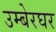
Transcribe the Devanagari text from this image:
उम्बेरघर